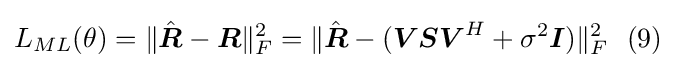
L_{ML}(\theta )=\|{\hat {\boldsymbol {R}}}-{\boldsymbol {R}}\|_{F}^{2}=\|{\hat {\boldsymbol {R}}}-({\boldsymbol {V}}{\boldsymbol {S}}{\boldsymbol {V}}^{H}+\sigma ^{2}{\boldsymbol {I}})\|_{F}^{2}\ \ (9)